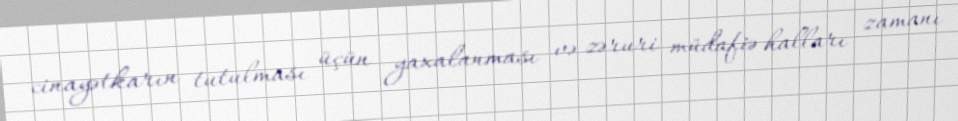
cinayətkarın tutulması üçün yaxalanması və zəruri müdafiə halları zamanı